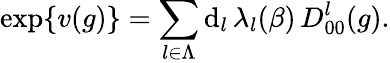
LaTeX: \exp\{ v(g)\} =\sum_{l\in\Lambda}\mathrm{d}_{l}\, \lambda_{l}(\beta)\, D_{00}^{l}(g).